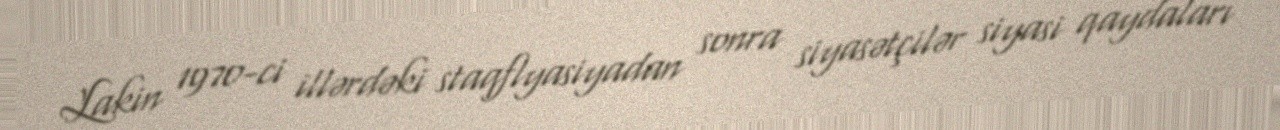
Lakin 1970-ci illərdəki staqflyasiyadan sonra siyasətçilər siyasi qaydaları